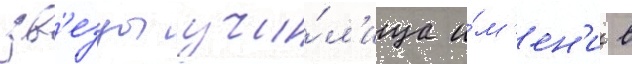
зв'езды учи́л'ища и́м'ен'и в